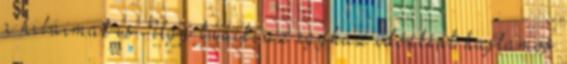
a hibáimat is. Úgy tűnik, az egyház időnként hajlamos